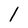
Character: l